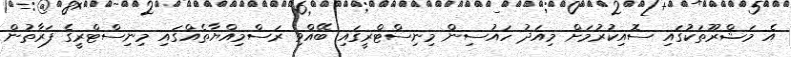
އެ މަޝްރޫތަކުގައި ސޮއިކުރުމަށް މިއަދު ހައުސިން މިނިސްޓްރީގައި ބޭއްވި ރަސްމިއްޔާތެއްގައި މިނިސްޓްރީގެ ފަރާތުން